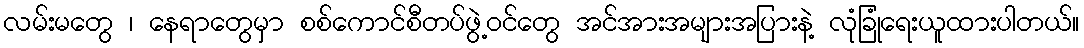
လမ်းမတွေ ၊ နေရာတွေမှာ စစ်ကောင်စီတပ်ဖွဲ့ဝင်တွေ အင်အားအများအပြားနဲ့ လုံခြုံရေးယူထားပါတယ်။